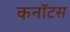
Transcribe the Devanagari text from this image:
कनॉटस